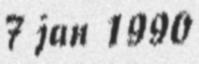
7 jan 1990